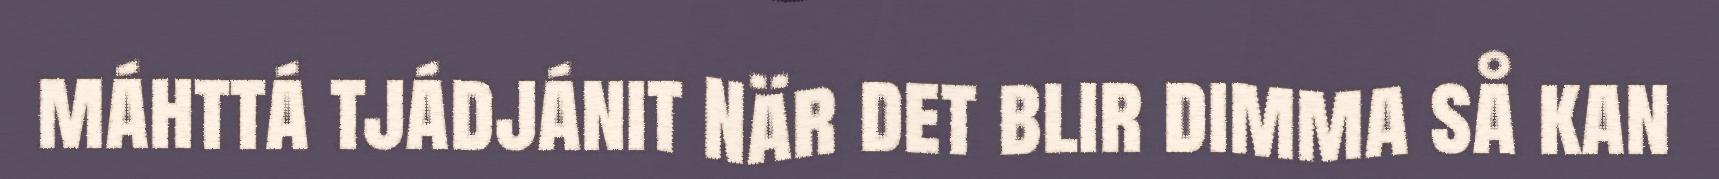
máhttá tjádjánit När det blir dimma så kan